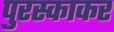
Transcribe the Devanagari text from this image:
पुरस्काकर